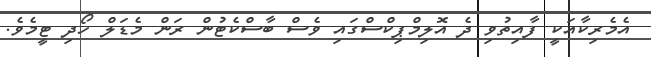
އެމެރިކާއަކީ ފާއިތުވި ދެ އޮލިމްޕިކްސްގައި ވެސް ބާސްކެޓުން ރަން މެޑަލް ހޯދި ޓީމެވެ.